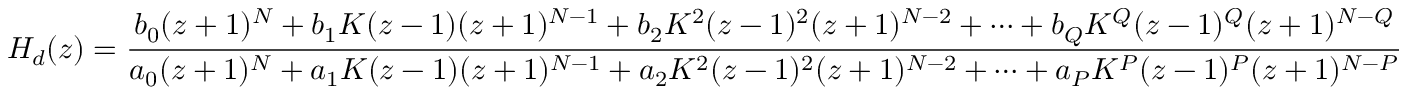
H _ { d } ( z ) = { \frac { b _ { 0 } ( z + 1 ) ^ { N } + b _ { 1 } K ( z - 1 ) ( z + 1 ) ^ { N - 1 } + b _ { 2 } K ^ { 2 } ( z - 1 ) ^ { 2 } ( z + 1 ) ^ { N - 2 } + \cdots + b _ { Q } K ^ { Q } ( z - 1 ) ^ { Q } ( z + 1 ) ^ { N - Q } } { a _ { 0 } ( z + 1 ) ^ { N } + a _ { 1 } K ( z - 1 ) ( z + 1 ) ^ { N - 1 } + a _ { 2 } K ^ { 2 } ( z - 1 ) ^ { 2 } ( z + 1 ) ^ { N - 2 } + \cdots + a _ { P } K ^ { P } ( z - 1 ) ^ { P } ( z + 1 ) ^ { N - P } } }